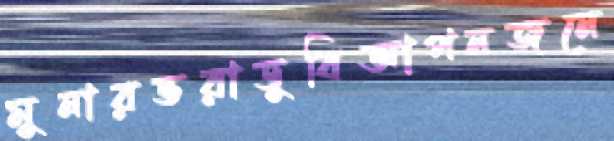
মুনারভরাডুবিআপনজনে